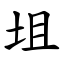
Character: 坥